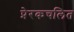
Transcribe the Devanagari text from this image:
प्रेरकचलित